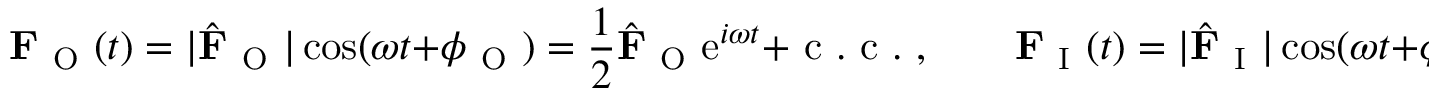
\mathbf { F } _ { \mathrm { ~ O ~ } } ( t ) = | \hat { \mathbf { F } } _ { \mathrm { ~ O ~ } } | \cos ( \omega t + \phi _ { \mathrm { ~ O ~ } } ) = \frac { 1 } { 2 } \hat { \mathbf { F } } _ { \mathrm { ~ O ~ } } \mathrm { e } ^ { i \omega t } + \mathrm { ~ c ~ . ~ c ~ . ~ } , \qquad \mathbf { F } _ { \mathrm { ~ I ~ } } ( t ) = | \hat { \mathbf { F } } _ { \mathrm { ~ I ~ } } | \cos ( \omega t + \phi _ { \mathrm { ~ I ~ } } ) = \frac { 1 } { 2 } \hat { \mathbf { F } } _ { \mathrm { ~ I ~ } } \mathrm { e } ^ { i \omega t } + \mathrm { ~ c ~ . ~ c ~ . ~ } \, ,